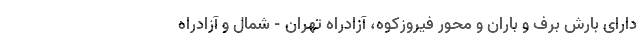
دارای بارش برف و باران و محور فیروزکوه، آزادراه تهران - شمال و آزادراه